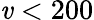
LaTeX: \mathit{v}<200